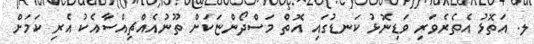
ލ. އަތޮޅު އެތެރެވަރި ވަޑިނޮޅު ކަނޑުގައި އޮތް މަސްދޯންޏަކަށް ތޫނުއެއްޗިއްސާއެކު އެރި ކަމަށް